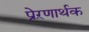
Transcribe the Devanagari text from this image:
प्रेऱणार्थक